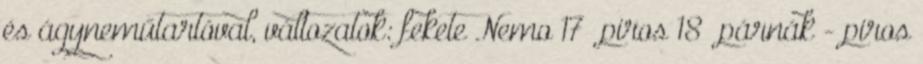
és ágyneműtartóval, változatok: fekete Nemo 17 piros 18 párnák - piros